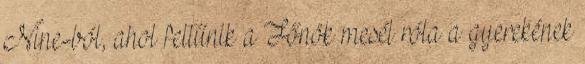
Nine-ból, ahol feltűnik a Főnök mesél róla a gyerekének